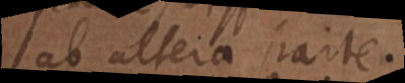
ab altera parte.